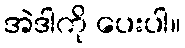
အဲဒါကို ပေးပါ။